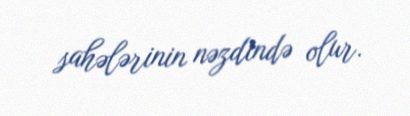
sahələrinin nəzdində olur.